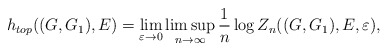
\begin{align*}h_{top}((G,G_1),E)=\lim_{\varepsilon\to 0} \limsup_{n\to\infty} \frac1n \log Z_n((G,G_1),E, \varepsilon),\end{align*}